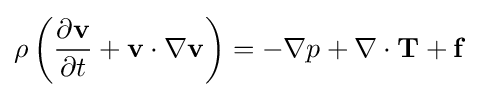
\rho \left({\frac {\partial \mathbf {v} }{\partial t}}+\mathbf {v} \cdot \nabla \mathbf {v} \right)=-\nabla p+\nabla \cdot \mathbf {T} +\mathbf {f}